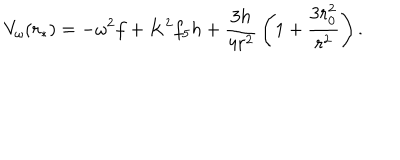
V _ { \omega } ( r _ { * } ) = - \omega ^ { 2 } f + K ^ { 2 } f _ { 5 } h + { \frac { 3 h } { 4 r ^ { 2 } } } \left( 1 + { \frac { 3 r _ { 0 } ^ { 2 } } { r ^ { 2 } } } \right) .